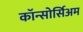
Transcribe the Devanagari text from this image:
कॉन्सोर्सिअम